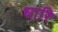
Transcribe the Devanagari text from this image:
धारि